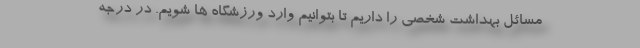
مسائل بهداشت شخصی را داریم تا بتوانیم وارد ورزشگاه ها شویم. در درجه